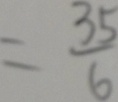
= \frac { 3 5 } { 6 }